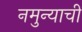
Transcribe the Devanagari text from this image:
नमुन्याची